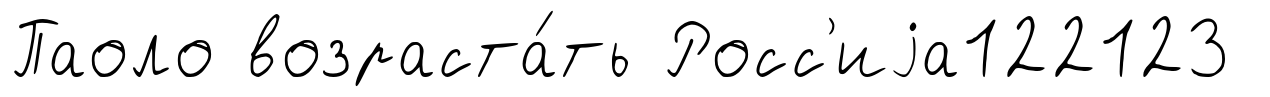
Паоло возраста́ть Росс'иjа122123